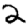
Digit: 2